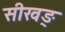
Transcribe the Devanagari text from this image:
सीखङ्